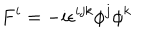
F ^ { i } = - i \epsilon ^ { i j k } \phi ^ { j } \phi ^ { k }